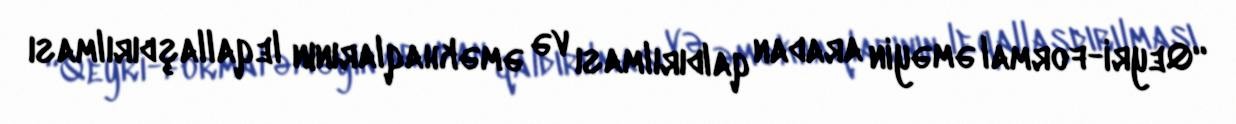
“Qeyri-formal əməyin aradan qaldırılması və əməkhaqlarının leqallaşdırılması